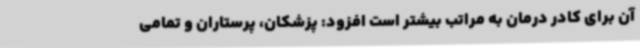
آن برای کادر درمان به مراتب بیشتر است افزود: پزشکان، پرستاران و تمامی